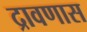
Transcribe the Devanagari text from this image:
द्रावणास